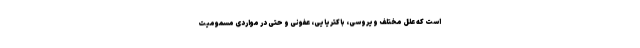
است که علل مختلف ویروسی، باکتریایی،‌ عفونی و حتی در مواردی مسمومیت